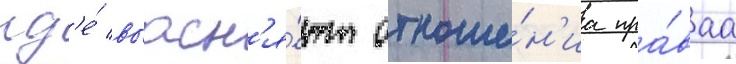
гд'е́ выасн'я́ют отноше́н'иа пра́ваа